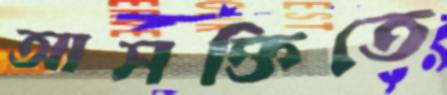
আসক্তিতে